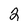
Character: 2